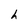
Character: h